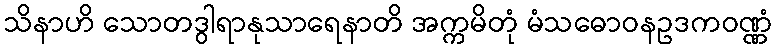
သိနာဟိ သောတဒွါရာနုသာရေနာတိ အက္ကမိတုံ မံသဓောဝနဥဒကဝဏ္ဏံ